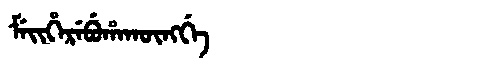
Manchu: ᠮᡝᡳᡥᡝᡵᡝᠪᡠᡥᠠᡴᡡᠩᡤᡝ
Romanization: MEIHEREBUHAKŪNGGE